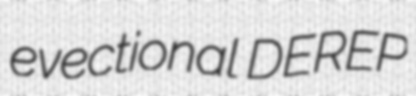
evectional DEREP